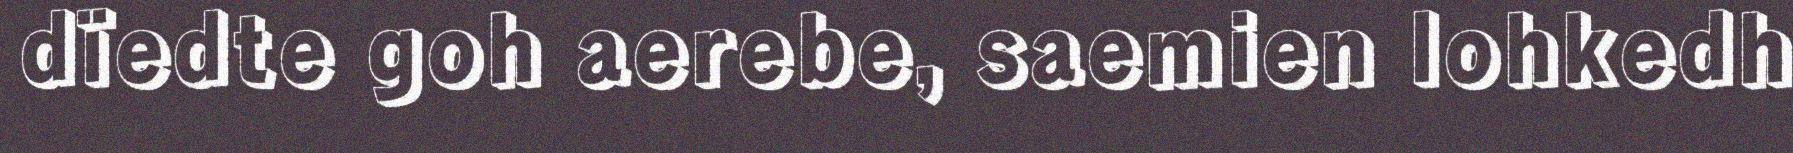
dïedte goh aerebe, saemien lohkedh